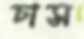
চাস